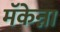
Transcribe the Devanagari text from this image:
मॅकेन्ना